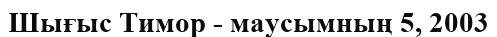
Шығыс Тимор - маусымның 5, 2003